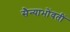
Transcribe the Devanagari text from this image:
सैन्याभोंवतीं